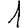
Digit: 1